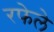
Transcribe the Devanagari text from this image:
रफेले